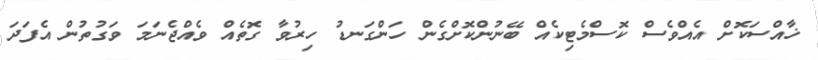
ޚާއްސަކޮށް އެއްވެސް ކޮސްމެޓިކެއް ބޭނުންކޮށްގެން ހަންގަނޑު ހިރުވާ ގޮތެއް ވެއްޖެނަމަ ވަގުތުން އެފަދަ